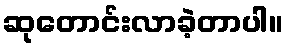
ဆုတောင်းလာခဲ့တာပါ။